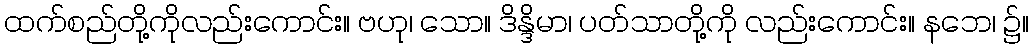
ထက်စည်တို့ကိုလည်းကောင်း။ ဗဟု၊ သော။ ဒိန္ဒိမာ၊ ပတ်သာတို့ကို လည်းကောင်း။ နဘေ၊ ၌။